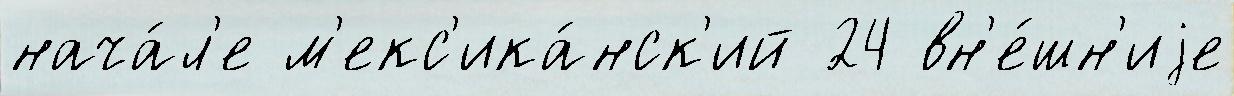
нача́л'е м'екс'ика́нск'ий 24 вн'е́шн'иjе